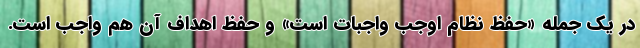
در يک جمله «حفظ نظام اوجب واجبات است» و حفظ اهداف آن هم واجب است.